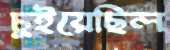
চুইয়েছিল